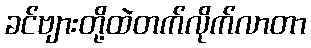
ခင်ဗျားတို့ထဲတက်လိုက်လာတာ